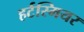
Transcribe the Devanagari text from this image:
हर्टस्मियर